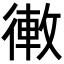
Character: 𢕣